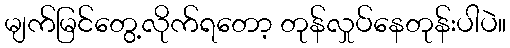
မျက်မြင်တွေ့လိုက်ရတော့ တုန်လှုပ်နေတုန်းပါပဲ။